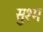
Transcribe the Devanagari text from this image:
सुश्म